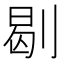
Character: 㓭